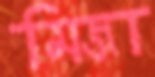
মিজা